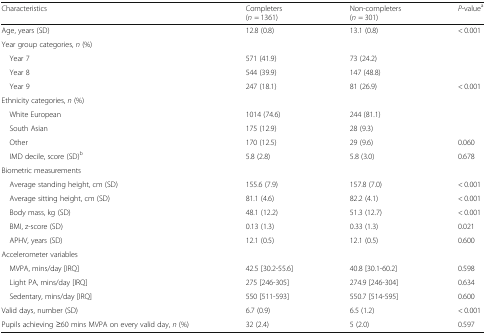
| Characteristics | Completers(n = 1361) | Non-completers(n = 301) | P-valuea |
 | --- | --- | --- | --- |
 | Age, years (SD) | 12.8 (0.8) | 13.1 (0.8) | < 0.001 |
 | <COLSPAN=4> Year group categories, n (%) |
 | Year 7 | 571 (41.9) | 73 (24.2) |  |
 | Year 8 | 544 (39.9) | 147 (48.8) |  |
 | Year 9 | 247 (18.1) | 81 (26.9) | < 0.001 |
 | <COLSPAN=4> Ethnicity categories, n (%) |
 | White European | 1014 (74.6) | 244 (81.1) |  |
 | South Asian | 175 (12.9) | 28 (9.3) |  |
 | Other | 170 (12.5) | 29 (9.6) | 0.060 |
 | IMD decile, score (SD)b | 5.8 (2.8) | 5.8 (3.0) | 0.678 |
 | <COLSPAN=4> Biometric measurements |
 | Average standing height, cm (SD) | 155.6 (7.9) | 157.8 (7.0) | < 0.001 |
 | Average sitting height, cm (SD) | 81.1 (4.6) | 82.2 (4.1) | < 0.001 |
 | Body mass, kg (SD) | 48.1 (12.2) | 51.3 (12.7) | < 0.001 |
 | BMI, z-score (SD) | 0.13 (1.3) | 0.33 (1.3) | 0.021 |
 | APHV, years (SD) | 12.1 (0.5) | 12.1 (0.5) | 0.600 |
 | <COLSPAN=4> Accelerometer variables |
 | MVPA, mins/day [IRQ] | 42.5 [30.2-55.6] | 40.8 [30.1-60.2] | 0.598 |
 | Light PA, mins/day [IRQ] | 275 [246-305] | 274.9 [246-304] | 0.634 |
 | Sedentary, mins/day [IRQ] | 550 [511-593] | 550.7 [514-595] | 0.600 |
 | Valid days, number (SD) | 6.7 (0.9) | 6.5 (1.2) | < 0.001 |
 | Pupils achieving ≥60 mins MVPA on every valid day, n (%) | 32 (2.4) | 5 (2.0) | 0.597 |